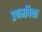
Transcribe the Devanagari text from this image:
प्रणमबिका